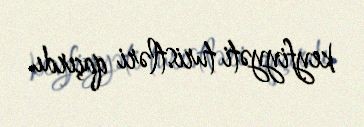
keyfiyyəti turistləri qaçırdı.